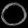
Digit: ၀